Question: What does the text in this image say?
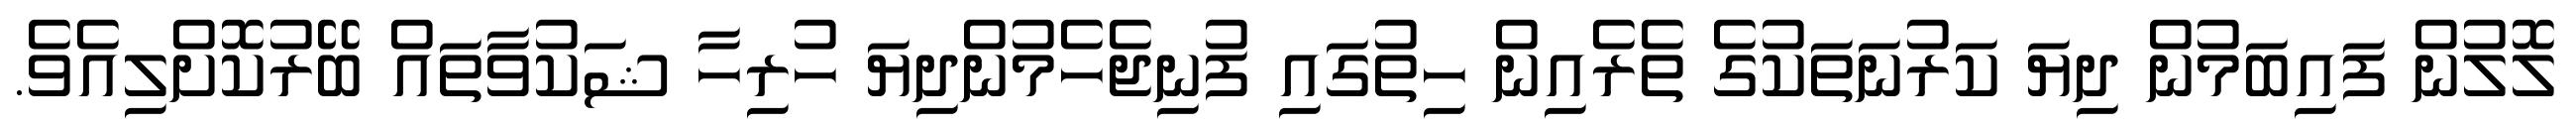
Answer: ލޮލުން ފައިބަމުން ދިޔަ ކަރުނަތަކުގެ ތެރެއިން ހިތުގައި ފުނިޖެހެމުންދިޔަ ހުރިހާ ޝަކުވާތައް ބޭރުކޮށްލިއެވެ.